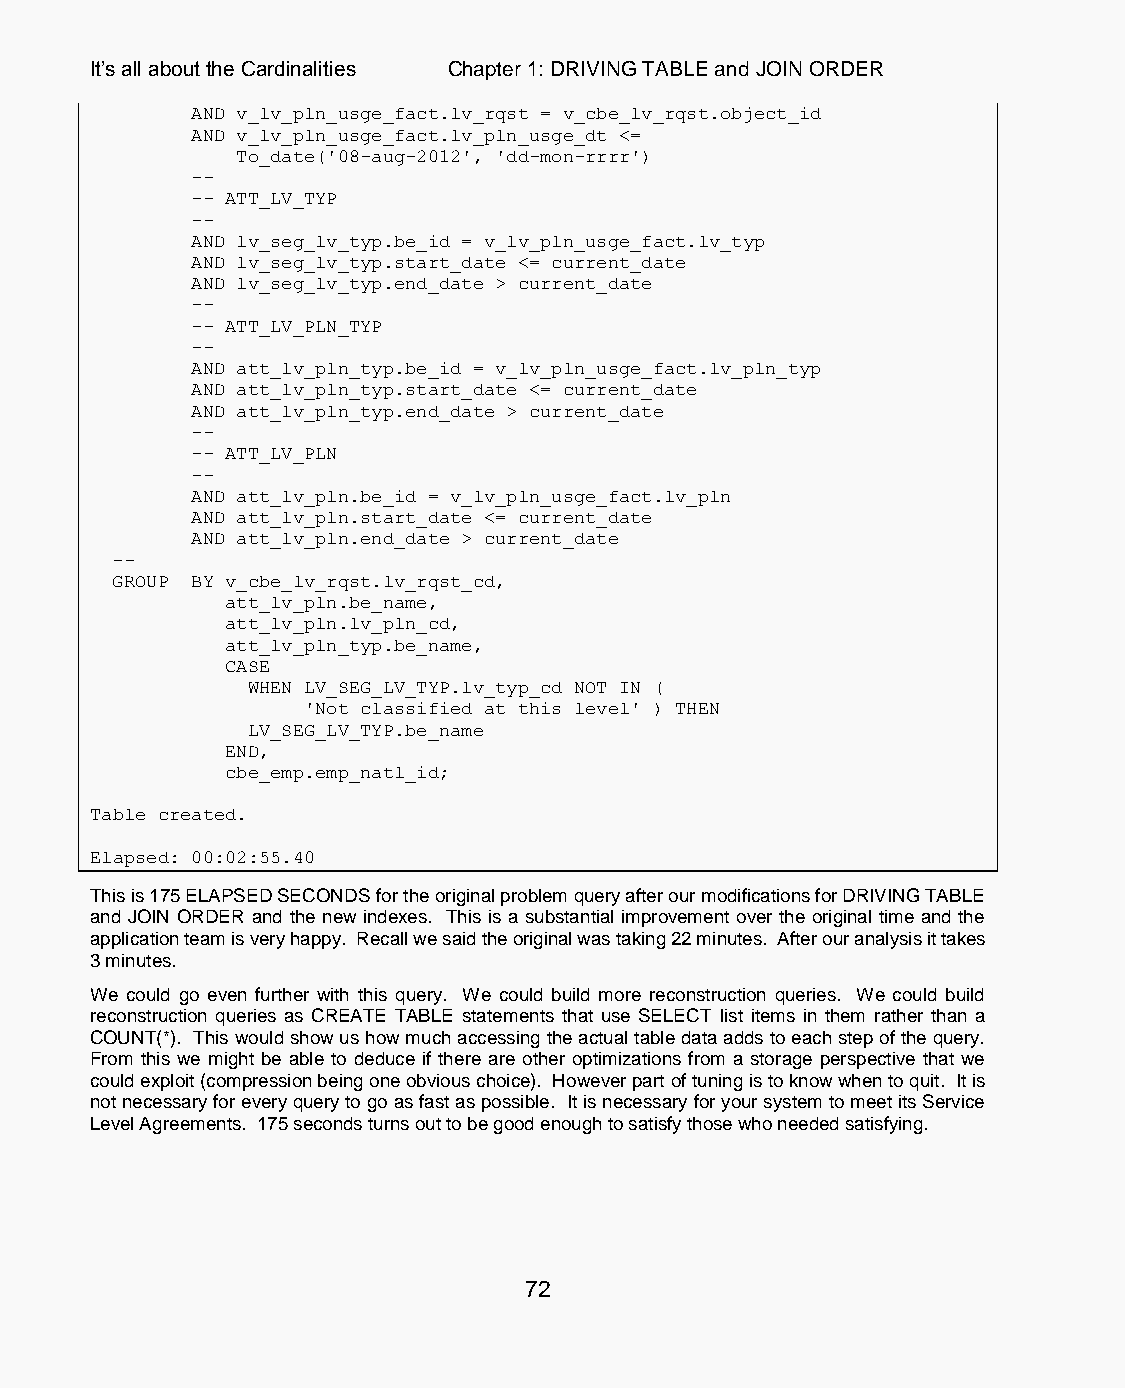
It’s all about the Cardinalities Chapter 1: DRIVING TABLE and JOIN ORDER
 AND v_lv_pln_usge_fact.lv_rqst = v_cbe_lv_rqst.object_id
 AND v_lv_pln_usge_fact.lv_pln_usge_dt <=
 To_date('08-aug-2012', 'dd-mon-rrrr')
 --
 -- ATT_LV_TYP
 --
 AND lv_seg_lv_typ.be_id = v_lv_pln_usge_fact.lv_typ
 AND lv_seg_lv_typ.start_date <= current_date
 AND lv_seg_lv_typ.end_date > current_date
 --
 -- ATT_LV_PLN_TYP
 --
 AND att_lv_pln_typ.be_id = v_lv_pln_usge_fact.lv_pln_typ
 AND att_lv_pln_typ.start_date <= current_date
 AND att_lv_pln_typ.end_date > current_date
 --
 -- ATT_LV_PLN
 --
 AND att_lv_pln.be_id = v_lv_pln_usge_fact.lv_pln
 AND att_lv_pln.start_date <= current_date
 AND att_lv_pln.end_date > current_date
 --
 GROUP BY v_cbe_lv_rqst.lv_rqst_cd,
 att_lv_pln.be_name,
 att_lv_pln.lv_pln_cd,
 att_lv_pln_typ.be_name,
 CASE
 WHEN LV_SEG_LV_TYP.lv_typ_cd NOT IN (
 'Not classified at this level' ) THEN
 LV_SEG_LV_TYP.be_name
 END,
 cbe_emp.emp_natl_id;
 Table created.
 Elapsed: 00:02:55.40
 This is 175 ELAPSED SECONDS for the original problem query after our modifications for DRIVING TABLE
 and JOIN ORDER and the new indexes. This is a substantial improvement over the original time and the
 application team is very happy. Recall we said the original was taking 22 minutes. After our analysis it takes
 3 minutes.
 We could go even further with this query. We could build more reconstruction queries. We could build
 reconstruction queries as CREATE TABLE statements that use SELECT list items in them rather than a
 COUNT(*). This would show us how much accessing the actual table data adds to each step of the query.
 From this we might be able to deduce if there are other optimizations from a storage perspective that we
 could exploit (compression being one obvious choice). However part of tuning is to know when to quit. It is
 not necessary for every query to go as fast as possible. It is necessary for your system to meet its Service
 Level Agreements. 175 seconds turns out to be good enough to satisfy those who needed satisfying.
 72